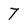
Character: 7